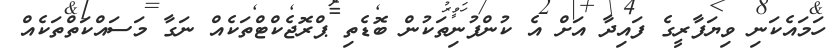
ހަމައެކަނި ވިޔަފާރީގެ ފައިދާ އަށް އެ ކުންފުނިތަކުން ބޮޑެތި ޕްރޮޖެކްޓްތަކެއް ނަގާ މަސައްކަތްތަކެއް